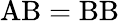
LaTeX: \mathrm{AB}=\mathrm{BB}